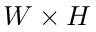
W \times H